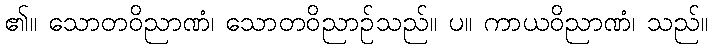
၏။ သောတဝိညာဏံ၊ သောတဝိညာဉ်သည်။ ပ။ ကာယဝိညာဏံ၊ သည်။